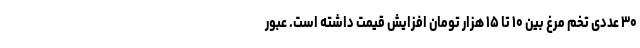
۳۰ عددی تخم مرغ بین ۱۰ تا ۱۵ هزار تومان افزایش قیمت داشته است. عبور